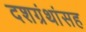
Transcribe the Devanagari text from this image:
दशग्रंथांसह